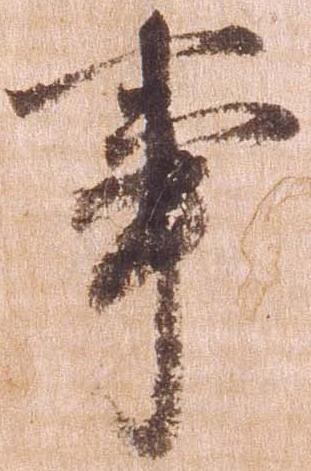
事